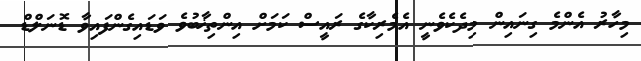
މިހާރު އެންމެ ގިނައިން މިދެކެވެނީ އެމެރިކާގެ ރައީސް ކަމަށް އިންތިޚާބުވެ ވަޑައިގެންފައިވާ ޑޮނަލްޑް